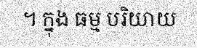
។ ក្នុង ធម្ម បរិយាយ